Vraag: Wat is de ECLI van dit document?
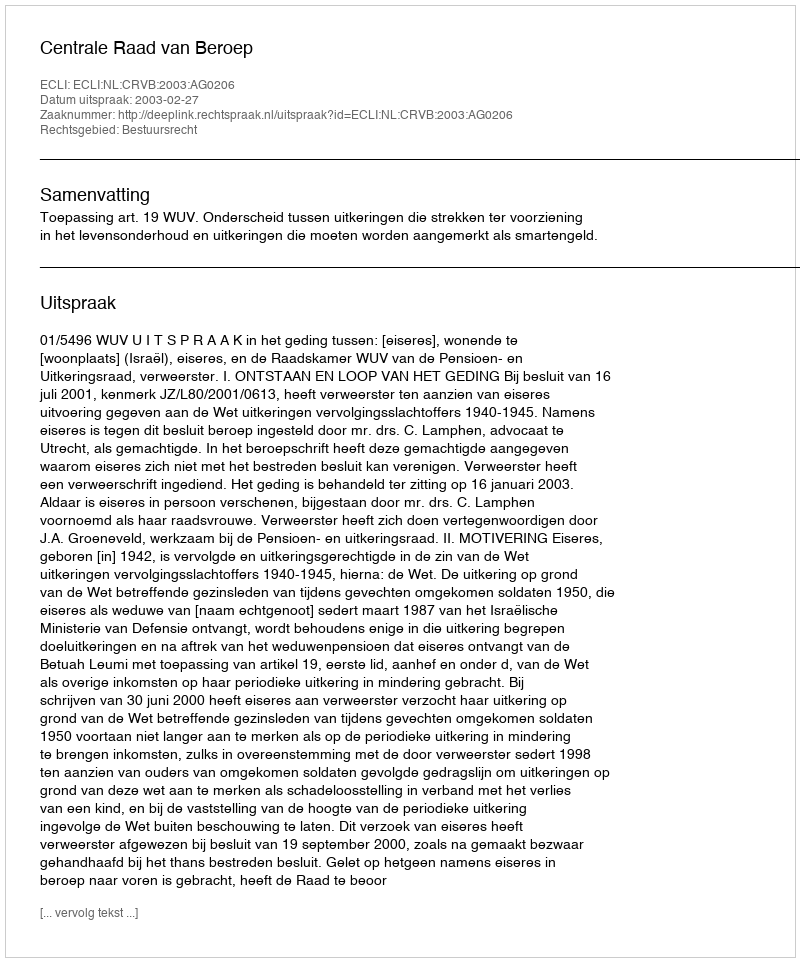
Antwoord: ECLI:NL:CRVB:2003:AG0206